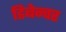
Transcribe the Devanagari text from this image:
डिबेन्‍चर